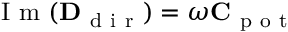
\mathrm { ~ I ~ m ~ } ( \mathbf { D } _ { \mathrm { ~ d ~ i ~ r ~ } } ) = \omega \mathbf { C } _ { \mathrm { ~ p ~ o ~ t ~ } }